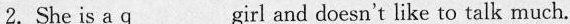
2. She is a\underline{q}girl and doesn't like to talk much.